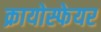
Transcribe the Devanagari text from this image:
क्रायोस्फेयर